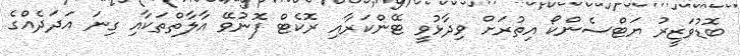
ބޮޑުވަޒީރު ޔަޓްސެންކޯ އިތުރަށް ވިދާޅުވީ ޓޭންކަރާއި ރޮކެޓް ފޮނުވޭ އާލާތްތަކާއި ގިނަ އަދަދެއްގެ